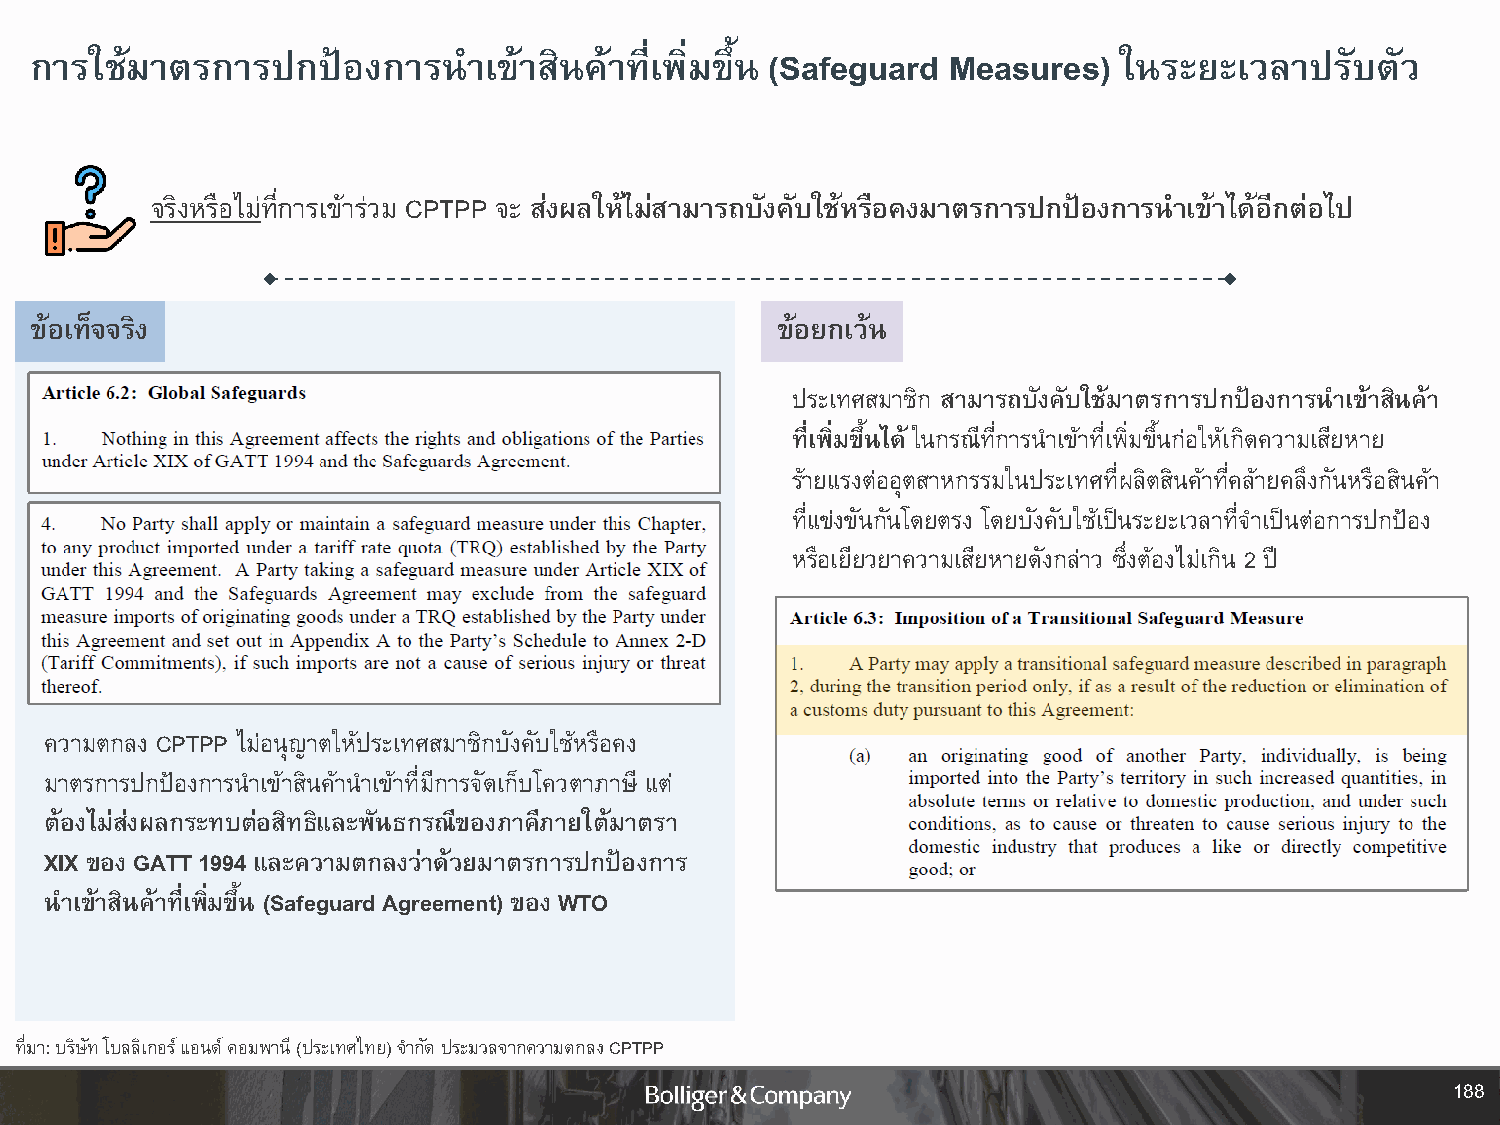
การใช้มาตรการปกป้องการน      าเข้าสินค้าที่เพิ่มขึ้น (Safeguard Measures) ในระยะเวลาปรับตัว
 จริงหรือไม่ที่การเข้าร่วม CPTPP จะ ส่งผลให้ไม่สามารถบังคับใช้หรือคงมาตรการปกป้องการน าเข้าได้อกี ต่อไป
 ข้อเท็จจริง                                      ข้อยกเว้น
 ประเทศสมาชิก สามารถบังคับใช้มาตรการปกป้องการน าเข้าสินค้า
 ที่เพิ่มขึ้นได้ ในกรณีที่การน าเข้าที่เพิ่มขึ้นก่อให้เกิดความเสียหาย
 ร้ายแรงต่ออุตสาหกรรมในประเทศที่ผลิตสินค้าที่คล้ายคลึงกันหรือสินค้า
 ที่แข่งขันกันโดยตรง โดยบังคับใช้เป็นระยะเวลาที่จ าเป็นต่อการปกป้อง
 หรือเยียวยาความเสียหายดังกล่าว ซึ่งต้องไม่เกิน 2 ปี
 ความตกลง CPTPP ไม่อนุญาตให้ประเทศสมาชิกบังคับใช้หรือคง
 มาตรการปกป้องการน าเข้าสินค้าน าเข้าที่มีการจัดเก็บโควตาภาษี แต่
 ต้องไม่ส่งผลกระทบต่อสิทธิและพันธกรณีของภาคีภายใต้มาตรา
 XIX ของ GATT 1994 และความตกลงว่าด้วยมาตรการปกป้องการ
 น าเข้าสินค้าที่เพิ่มขึ้น (Safeguard Agreement) ของ WTO
 ที่มา: บริษัท โบลลิเกอร์ แอนด์ คอมพานี (ประเทศไทย) จ ากัด ประมวลจากความตกลง CPTPP
 188